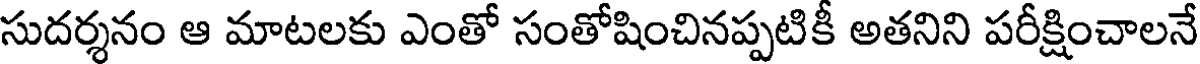
సుదర్శనం ఆ మాటలకు ఎంతో సంతోషించినప్పటికీ అతనిని పరీక్షించాలనే